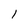
Character: 1